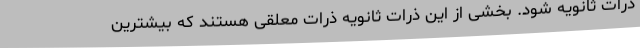
ذرات ثانویه شود. بخشی از این ذرات ثانویه ذرات معلقی هستند که بیشترین